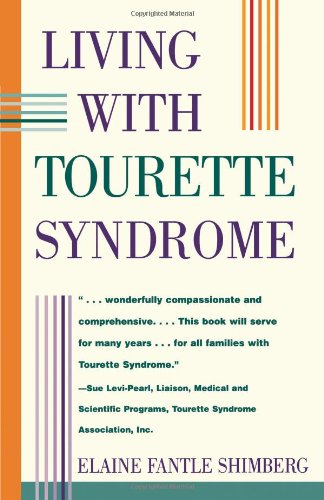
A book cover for Living With Tourette Syndrome; Elaine Shimberg; Health, Fitness & Dieting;